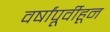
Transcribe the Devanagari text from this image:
वर्षांपूर्वीहून